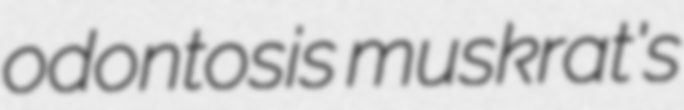
odontosis muskrat's